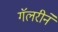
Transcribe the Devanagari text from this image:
गॅलरीने